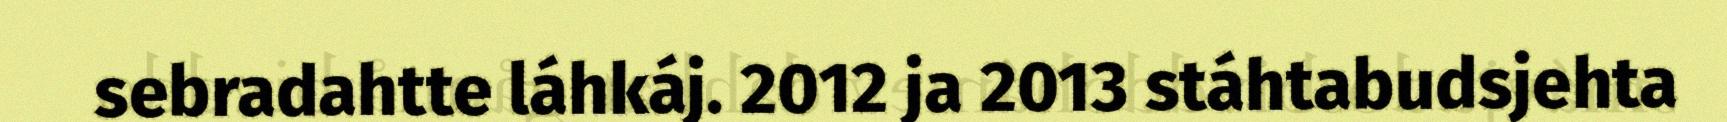
sebradahtte láhkáj. 2012 ja 2013 stáhtabudsjehta